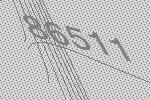
86511